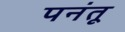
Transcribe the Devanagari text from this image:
पनंतू